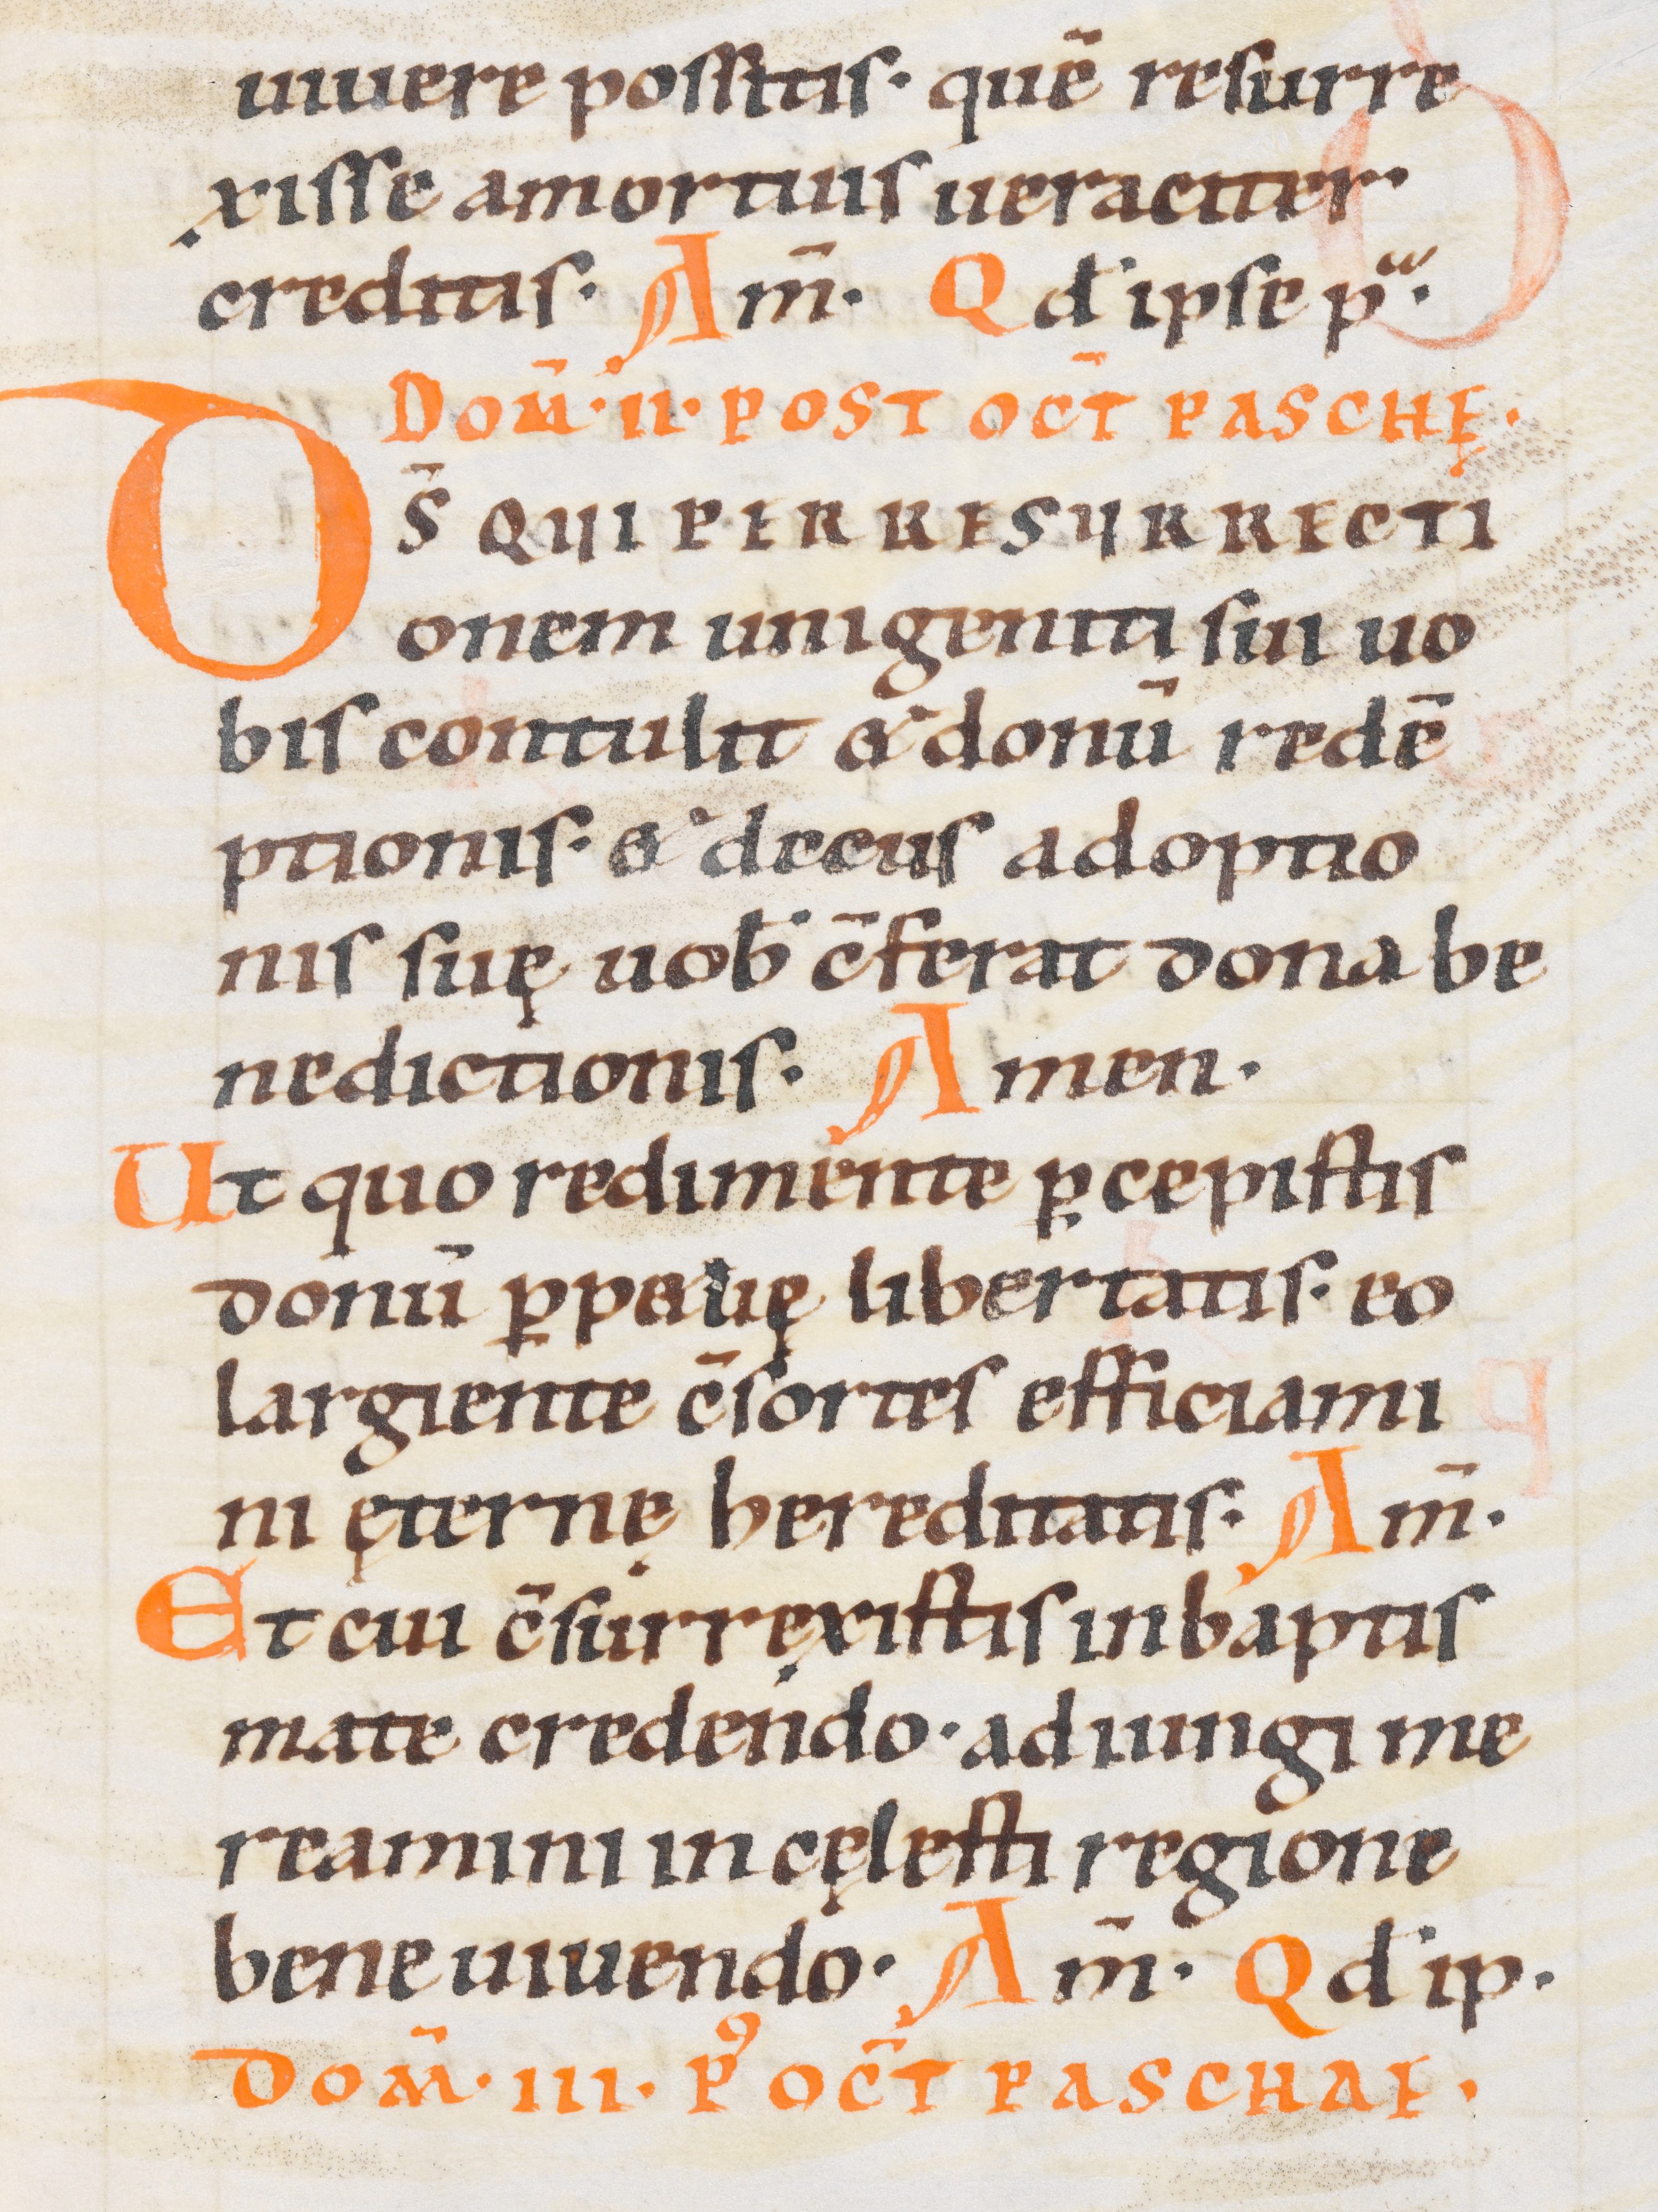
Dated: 1000–1099